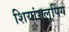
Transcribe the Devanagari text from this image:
शियांगलूपिंग